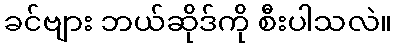
ခင်ဗျား ဘယ်ဆိုဒ်ကို စီးပါသလဲ။